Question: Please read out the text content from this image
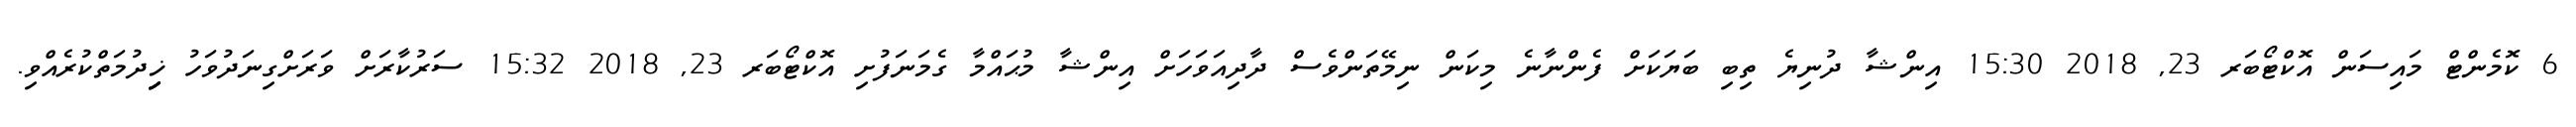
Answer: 6 ކޮމެންޓް މައިސަން އޮކްޓޯބަރ 23, 2018 15:30 އިންޝާ ދުނިޔެ ތިބި ބަޔަކަށް ފެންނާނެ މިކަން ނިމޭތަންވެސް ދާދިއަވަހަށް އިންޝާ މުޙައްމާ ގެމަނަފުށި އޮކްޓޯބަރ 23, 2018 15:32 ސަރުކާރަށް ވަރަށްގިނަދުވަހު ޚިިިދުމަތްކުރެއްވި.